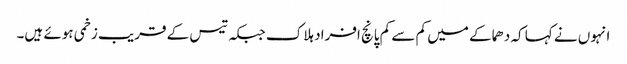
انہوں نے کہا کہ دھماکے میں کم سے کم پانچ افراد ہلاک جبکہ تیس کے قریب زخمی ہوئے ہیں۔